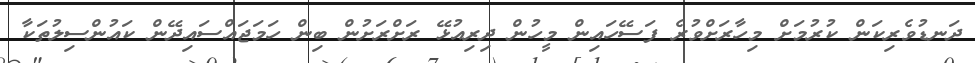
ދަނޑުވެރިކަން ކުރުމަށް މިހާރަށްވުރެ ފަސޭހައިން މީހުން ދިރިއުޅޭ ރަށްރަށުން ބިން ހަމަޖައްސައިދޭން ކައުންސިލުތަކާ